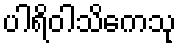
ပါရိဝါသိကေသု